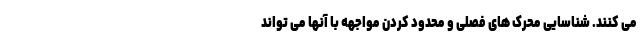
می کنند. شناسایی محرک های فصلی و محدود کردن مواجهه با آنها می تواند